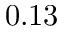
0 . 1 3